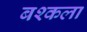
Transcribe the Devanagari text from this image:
बश्कला